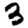
Digit: 3